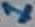
Text: 1